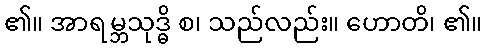
၏။ အာရမ္ဘသုဒ္ဓိ စ၊ သည်လည်း။ ဟောတိ၊ ၏။